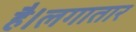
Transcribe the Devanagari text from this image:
है।लगातार